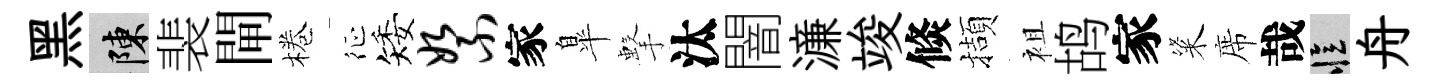
黑陳裴閘棬征矮絮家臯擊汰闇濓竣倐擷袓鸪家粢席哉忆舟